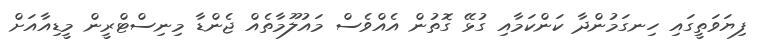
ފިޔަވަތީގައި ހިނގަމުންދާ ކަންކަމާއި ގުޅޭ ގޮތުން އެއްވެސް މައުލޫމާތެއް ޖެންޑާ މިނިސްޓްރީން މީޑިއާއަށް